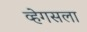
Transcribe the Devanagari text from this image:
व्हेगसला